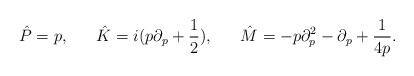
\begin{align*}\hat P = p ,~~~~~\hat K = i (p\partial_p +\frac{1}{2}),~~~~~\hat M= - p\partial^2_p - \partial_p +\frac{1}{4p}.\end{align*}